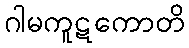
ဂါမကူဋကောတိ